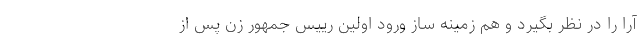
آرا را در نظر بگیرد و هم زمینه ساز ورود اولین رییس جمهور زن پس از